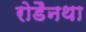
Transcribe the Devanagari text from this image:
रोडैनथा